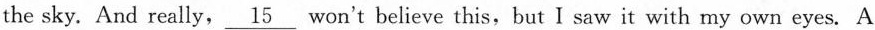
the sky. And really,\underline 15 won't believe this, but I saw it with my own eyes.A